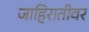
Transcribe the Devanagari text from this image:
जाहिरातीवर